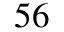
^ { 5 6 }